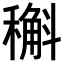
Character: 𥡿